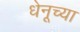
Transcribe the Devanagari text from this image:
धेनूच्या